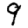
Digit: 9